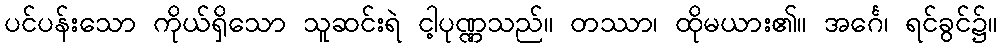
ပင်ပန်းသော ကိုယ်ရှိသော သူဆင်းရဲ ငါ့ပုဏ္ဏသည်။ တဿာ၊ ထိုမယား၏။ အင်္ဂေ၊ ရင်ခွင်၌။